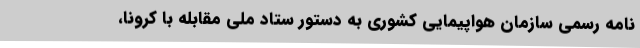
نامه رسمی سازمان هواپیمایی کشوری به دستور ستاد ملی مقابله با کرونا،